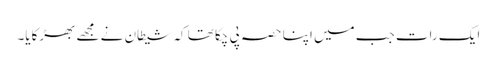
ایک رات جب میں اپنا حصہ پی چکا تھا کہ شیطان نے مجھے بھڑکایا۔